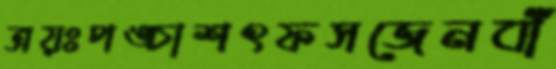
ত্রয়ঃপঙ্চাশৎফসজেনবাঁ